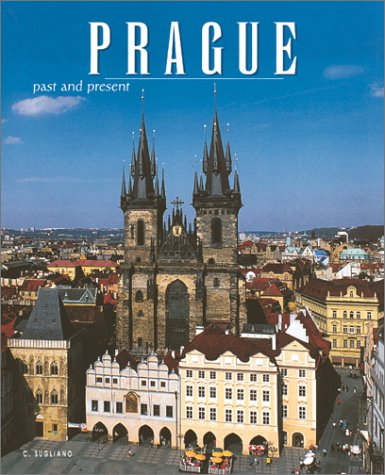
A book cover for Prague: Past and Present; Claudia Sugliano; Travel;